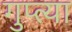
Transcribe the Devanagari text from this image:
गुप्‍त्या